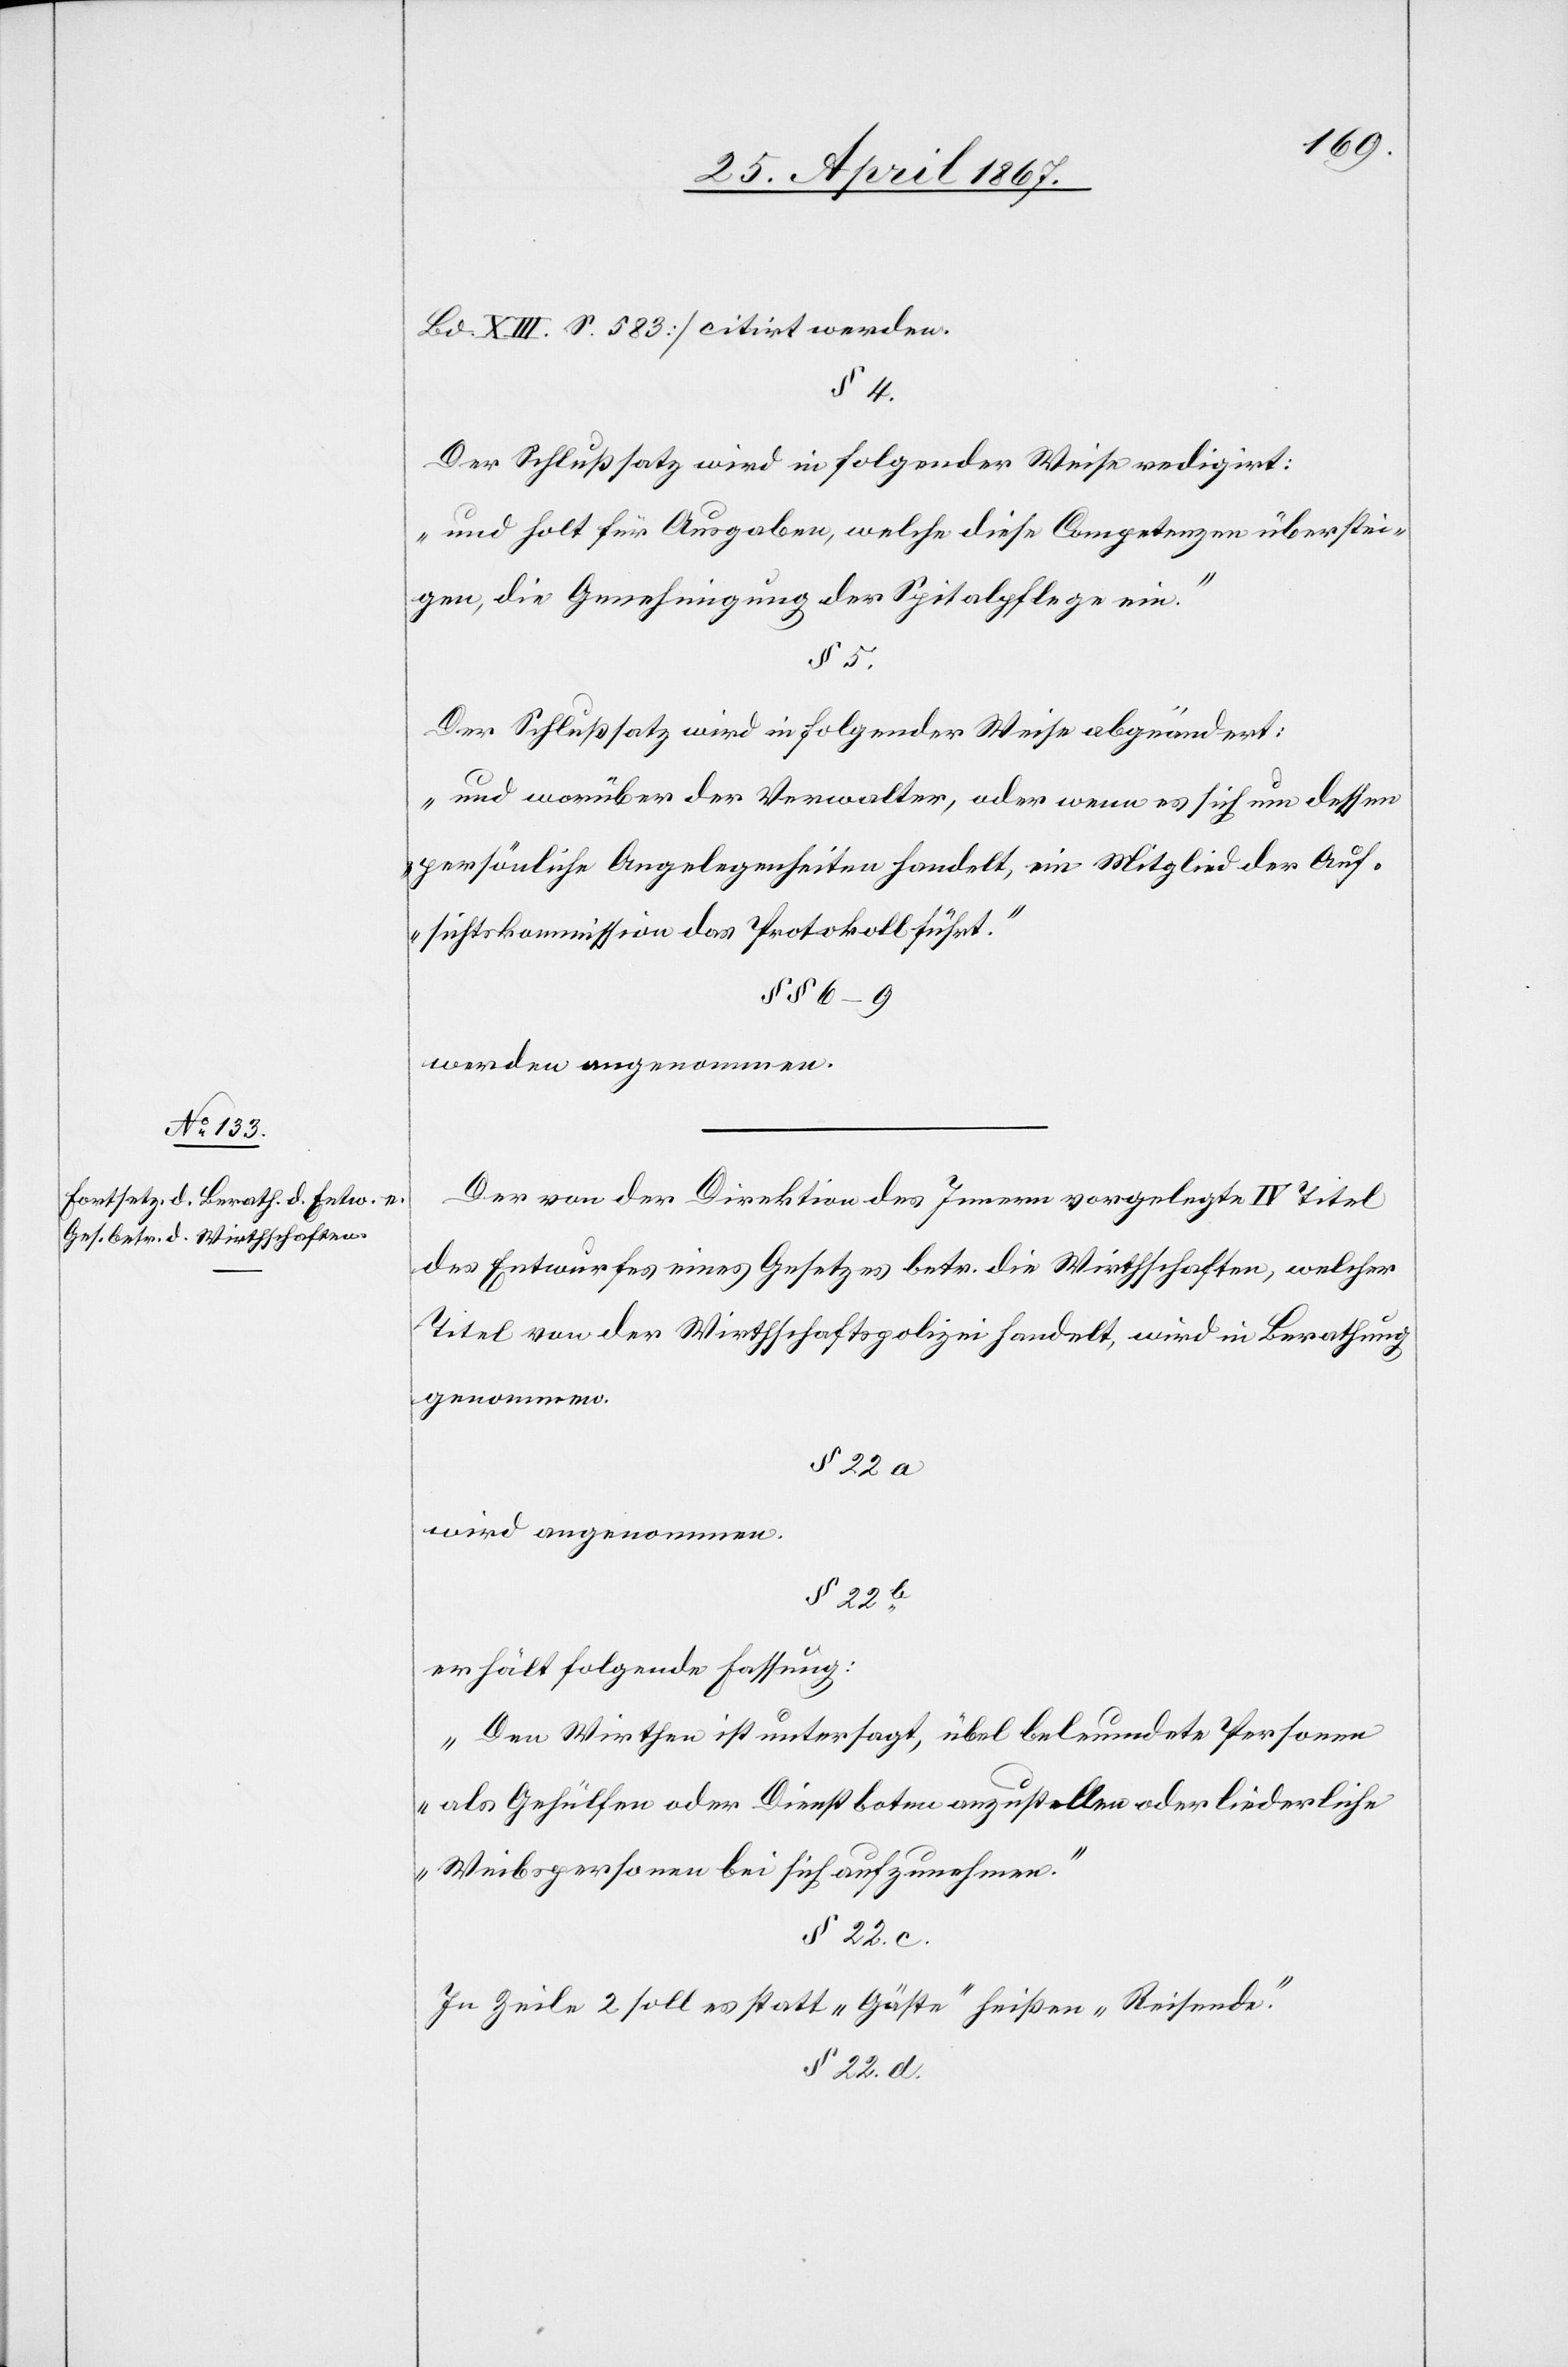
Bd. XIII. S. 583] citirt werden.
§ 4
Der Schlußsatz wird in folgender Weise redigirt:
„und holt für Ausgaben, welche diese Competenzen überstei¬
gen, die Genehmigung der Spitalpflege ein.“
Der Schlußsatz wird in folgender Weise abgeändert:
„und worüber der Verwalter, oder wenn es sich um dessen
persönliche Angelegenheiten handelt, ein Mitglied der Auf¬
sichtskommission das Protokoll führt.“
§§ 6–9
werden angenommen.
Der von der Direktion des Innern vorgelegte IV Titel
des Entwurfes eines Gesetzes betr. die Wirthschaften, welcher
Titel von der Wirthschaftspolizei handelt, wird in Berathung
genommen
§ 22 a
§ 22b
erhält folgende Fassung:
„Den Wirthen ist untersagt, übel beleumdete Personen
als Gehülfen oder Dienstboten anzustellen oder liederliche
Weibspersonen bei sich aufzunehmen.“
§ 22. c.
In Zeile 2 soll es statt „Gäste“ heißen „Reisende“.
§ 22. d.